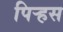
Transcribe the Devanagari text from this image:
पिर्‍हस